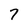
Character: 7